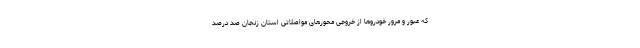
که عبور و مرور خودروها از خروجی محورهای مواصلاتی استان زنجان صد درصد